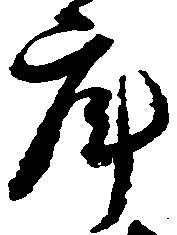
庫